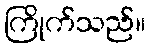
ကြိုက်သည်။